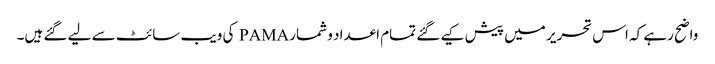
واضح رہے کہ اس تحریر میں پیش کیے گئے تمام اعداد و شمار PAMA کی ویب سائٹ سے لیے گئے ہیں۔